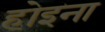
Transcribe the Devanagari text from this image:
होइना